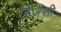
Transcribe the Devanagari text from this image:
रिजेंसी